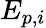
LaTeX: E_{p,i}